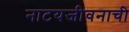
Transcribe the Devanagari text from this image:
नाटयजीवनाची